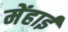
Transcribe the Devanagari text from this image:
मेंहाई